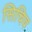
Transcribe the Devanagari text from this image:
सिचिव